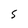
Character: 5